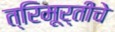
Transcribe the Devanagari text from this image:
त्रिमूर्तीचे